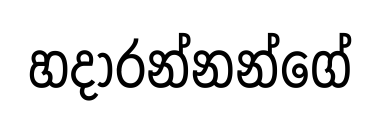
හදාරන්නන්ගේ